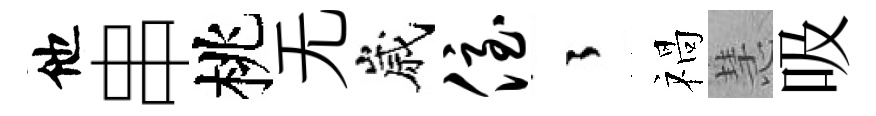
他串桃无嵗侄徃禍慧吸